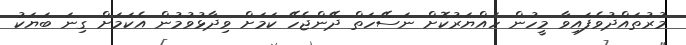
މުރުތައްދުވެފައިވާ މީހުން ހައްޔަރުކޮށް ނަސޭހަތް ދޭންޖެހޭ ކަމަށް ވިދާޅުވުމުން އެކަމަށް ގިނަ ބަޔަކު